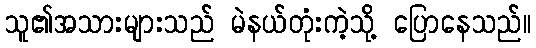
သူ၏အသားများသည် မဲနယ်တုံးကဲ့သို့ ပြောနေသည်။